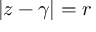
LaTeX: { \left| z - \gamma \right| } = r